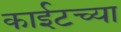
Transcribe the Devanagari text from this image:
काईटच्या